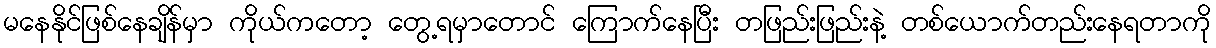
မနေနိုင်ဖြစ်နေချိန်မှာ ကိုယ်ကတော့ တွေ့ရမှာတောင် ကြောက်နေပြီး တဖြည်းဖြည်းနဲ့ တစ်ယောက်တည်းနေရတာကို